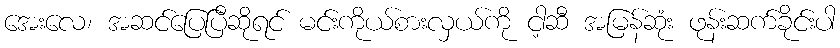
အေးလေ၊ အဆင်ပြေပြီဆိုရင် မင်းကိုယ်စားလှယ်ကို ငါ့ဆီ အမြန်ဆုံး ဖုန်းဆက်ခိုင်းပါ